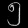
Digit: ၅